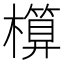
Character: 𣝶